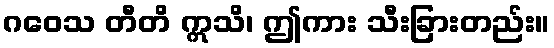
ဂဝေသ တီတိ ဣသိ၊ ဤကား သီးခြားတည်း။